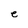
Character: e